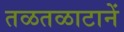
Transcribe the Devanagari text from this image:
तळतळाटानें